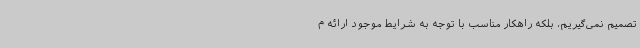
تصمیم نمی‌گیریم، بلکه راهکار مناسب با توجه به شرایط موجود ارائه م